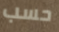
حسب